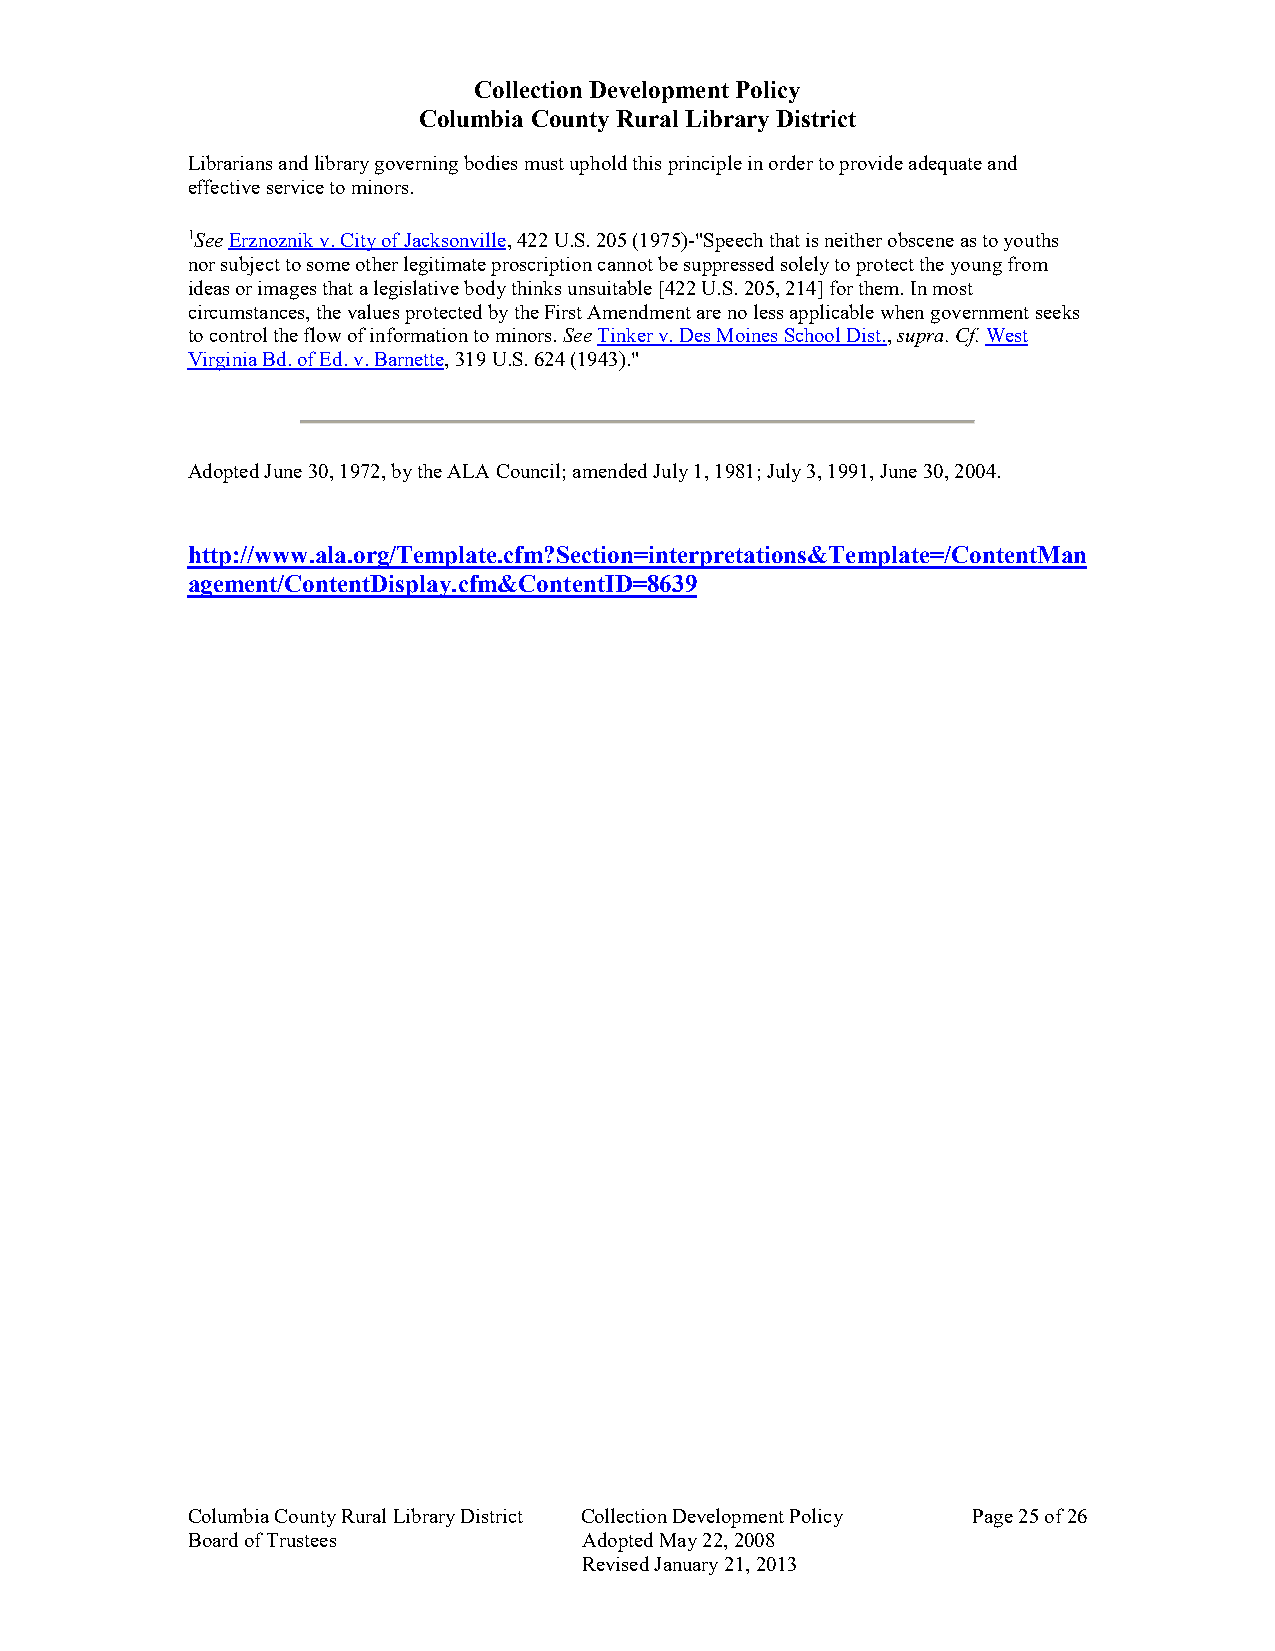
Collection Development Policy
 Columbia County Rural Library District
 Librarians and library governing bodies must uphold this principle in order to provide adequate and
 effective service to minors.
 1See Erznoznik v. City of Jacksonville, 422 U.S. 205 (1975)-"Speech that is neither obscene as to youths
 nor subject to some other legitimate proscription cannot be suppressed solely to protect the young from
 ideas or images that a legislative body thinks unsuitable [422 U.S. 205, 214] for them. In most
 circumstances, the values protected by the First Amendment are no less applicable when government seeks
 to control the flow of information to minors. See Tinker v. Des Moines School Dist., supra. Cf. West
 Virginia Bd. of Ed. v. Barnette, 319 U.S. 624 (1943)."
 Adopted June 30, 1972, by the ALA Council; amended July 1, 1981; July 3, 1991, June 30, 2004.
 http://www.ala.org/Template.cfm?Section=interpretations&Template=/ContentMan
 agement/ContentDisplay.cfm&ContentID=8639
 Columbia County Rural Library District Collection Development Policy Page 25 of 26
 Board of Trustees          Adopted May 22, 2008
 Revised January 21, 2013